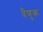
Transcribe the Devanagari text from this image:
वैणुक